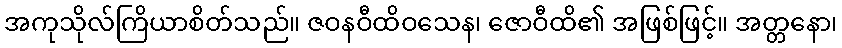
အကုသိုလ်ကြိယာစိတ်သည်။ ဇဝနဝီထိဝသေန၊ ဇောဝီထိ၏ အဖြစ်ဖြင့်။ အတ္တနော၊